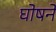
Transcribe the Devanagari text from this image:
घोषने